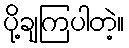
ပို့ချကြပါတဲ့။